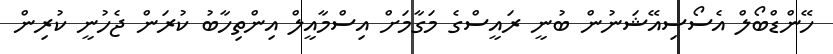
ހޭންޑްބޯލް އެސޯސިއޭޝަނުން ބުނީ ރައީސްގެ މަގާމަށް އިސްމާއީލް އިންތިހާބު ކުރަން ޖެހުނީ ކުރިން